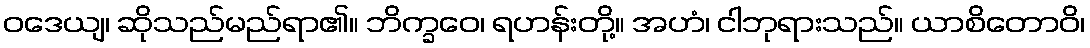
ဝဒေယျ၊ ဆိုသည်မည်ရာ၏။ ဘိက္ခဝေ၊ ရဟန်းတို့။ အဟံ၊ ငါဘုရားသည်။ ယာစိတောဝိ၊